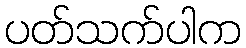
ပတ်သက်ပါက